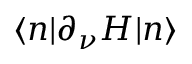
\langle n | \partial _ { \nu } H | n \rangle